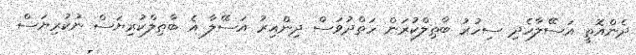
ދެންއޮތީ އަސޭލާހެދި ސިހުރު ބާޠިލްކުރަން ހަތްދުވަސް ދިންއިރު އަސޭލާ އެ ބާޠިލްކުރިޔަސް ނުކުރިޔަސް